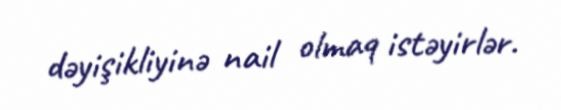
dəyişikliyinə nail olmaq istəyirlər.